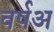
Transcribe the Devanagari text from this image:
वर्षअ